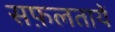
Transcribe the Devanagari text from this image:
सफ़लतायें